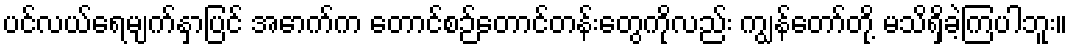
ပင်လယ်ရေမျက်နှာပြင် အောက်က တောင်စဉ်တောင်တန်းတွေကိုလည်း ကျွန်တော်တို့ မသိရှိခဲ့ကြပါဘူး။